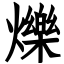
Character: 爍